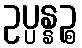
ဥပ္ပန္နဉ္စ